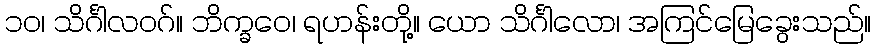
၁၀၊ သိင်္ဂါလဝဂ်။ ဘိက္ခဝေ၊ ရဟန်းတို့။ ယော သိင်္ဂါလော၊ အကြင်မြေခွေးသည်။